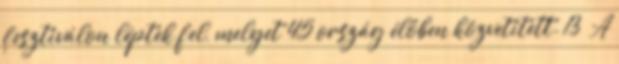
fesztiválon léptek fel, melyet 45 ország élőben közvetített. 13 A